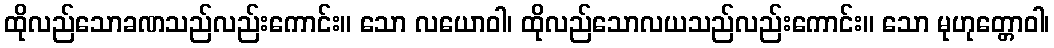
ထိုလည်သောခဏသည်လည်းကောင်း။ သော လယောဝါ၊ ထိုလည်သောလယသည်လည်းကောင်း။ သော မုဟုတ္တောဝါ၊